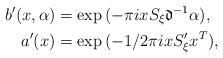
LaTeX: \begin{align*}b'(x,\alpha)&=\exp{(-\pi i xS_\xi\mathfrak{d}^{-1}\alpha)},\\a'(x)&=\exp{(-1/2\pi i xS_\xi'x^T)}, \end{align*}